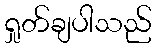
ရှုတ်ချပါသည်